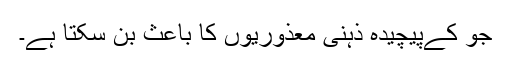
جو کےپیچیدہ ذہنی معذوریوں کا باعث بن سکتا ہے۔